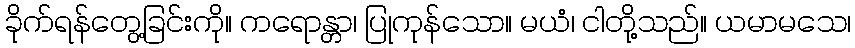
ခိုက်ရန်တွေ့ခြင်းကို။ ကရောန္တာ၊ ပြုကုန်သော။ မယံ၊ ငါတို့သည်။ ယမာမသေ၊